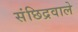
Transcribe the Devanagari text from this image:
संछिद्रवाले